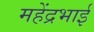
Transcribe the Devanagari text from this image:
महेंद्रभाई